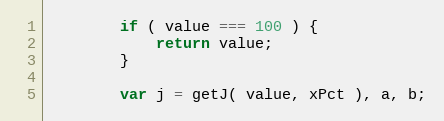
Language: JavaScript
        if ( value === 100 ) {
            return value;
        }

        var j = getJ( value, xPct ), a, b;